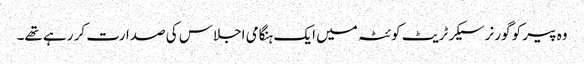
وہ پیر کو گورنر سیکرٹریٹ کوئٹہ میں ایک ہنگامی اجلاس کی صدارت کر رہے تھے۔